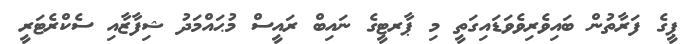
ޕީގެ ފަރާތުން ބައިވެރިވެވަޑައިގަތީ މި ޕާރޓީގެ ނައިބް ރައީސް މުޙައްމަދު ޝިފާޒާއި ސެކްރެޓަރީ